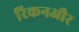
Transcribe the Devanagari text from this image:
रिकनऔर